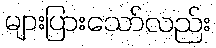
များပြားသော်လည်း